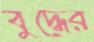
বুদ্ধের